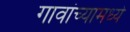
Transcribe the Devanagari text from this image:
गावांच्यामध्ये